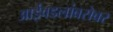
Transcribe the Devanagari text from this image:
आईवडलांबरोबर